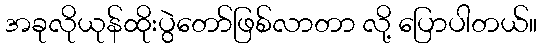
အခုလိုယုန်ထိုးပွဲတော်ဖြစ်လာတာ လို့ ပြောပါတယ်။